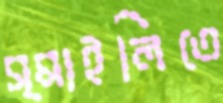
স্মাইলিতে